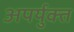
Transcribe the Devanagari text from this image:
अपर्युक्त